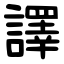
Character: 譯